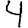
Digit: 4